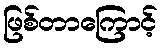
ဖြစ်တာကြောင့်